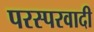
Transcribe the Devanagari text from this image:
परस्परवादी